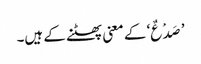
’صَدْعٌ‘ کے معنی پھٹنے کے ہیں۔